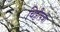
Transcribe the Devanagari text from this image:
चिट्ठीपत्री